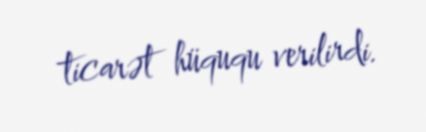
ticarət hüququ verilirdi.